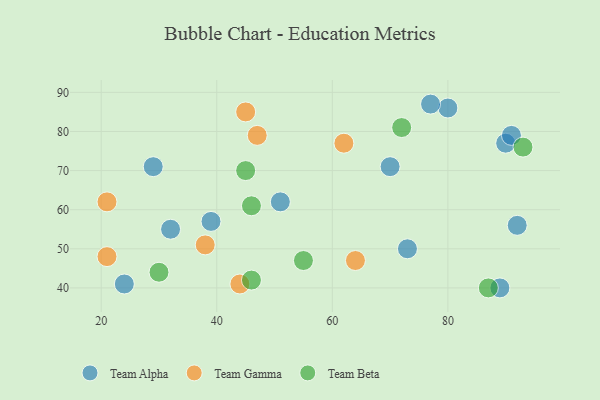
{"axis": {"x": "GDP", "y": "Life Expectancy"}, "legend": ["Team Alpha", "Team Beta", "Team Gamma"], "data": [{"x": "89", "y": 40, "type": "Team Alpha"}, {"x": "24", "y": 41, "type": "Team Alpha"}, {"x": "29", "y": 71, "type": "Team Alpha"}, {"x": "92", "y": 56, "type": "Team Alpha"}, {"x": "90", "y": 77, "type": "Team Alpha"}, {"x": "91", "y": 79, "type": "Team Alpha"}, {"x": "70", "y": 71, "type": "Team Alpha"}, {"x": "32", "y": 55, "type": "Team Alpha"}, {"x": "51", "y": 62, "type": "Team Alpha"}, {"x": "80", "y": 86, "type": "Team Alpha"}, {"x": "39", "y": 57, "type": "Team Alpha"}, {"x": "73", "y": 50, "type": "Team Alpha"}, {"x": "77", "y": 87, "type": "Team Alpha"}, {"x": "64", "y": 47, "type": "Team Gamma"}, {"x": "21", "y": 48, "type": "Team Gamma"}, {"x": "47", "y": 79, "type": "Team Gamma"}, {"x": "45", "y": 85, "type": "Team Gamma"}, {"x": "38", "y": 51, "type": "Team Gamma"}, {"x": "21", "y": 62, "type": "Team Gamma"}, {"x": "62", "y": 77, "type": "Team Gamma"}, {"x": "44", "y": 41, "type": "Team Gamma"}, {"x": "30", "y": 44, "type": "Team Beta"}, {"x": "46", "y": 61, "type": "Team Beta"}, {"x": "45", "y": 70, "type": "Team Beta"}, {"x": "55", "y": 47, "type": "Team Beta"}, {"x": "46", "y": 42, "type": "Team Beta"}, {"x": "72", "y": 81, "type": "Team Beta"}, {"x": "93", "y": 76, "type": "Team Beta"}, {"x": "87", "y": 40, "type": "Team Beta"}]}